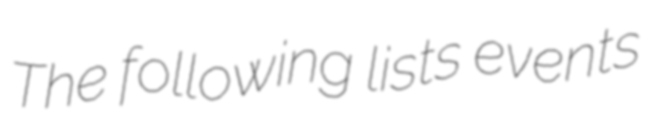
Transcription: The following lists events